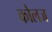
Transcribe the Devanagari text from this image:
कोलज